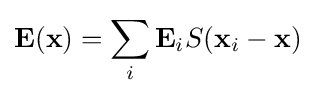
\mathbf {E} (\mathbf {x} )=\sum _{i}\mathbf {E} _{i}S(\mathbf {x} _{i}-\mathbf {x} )